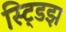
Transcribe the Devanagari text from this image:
स्ट्डिझ